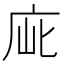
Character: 𢈃